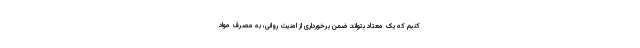
کنیم که یک معتاد بتواند ضمن برخورداری از امنیت روانی، به مصرف مواد